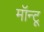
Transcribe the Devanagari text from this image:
मॉन्टू